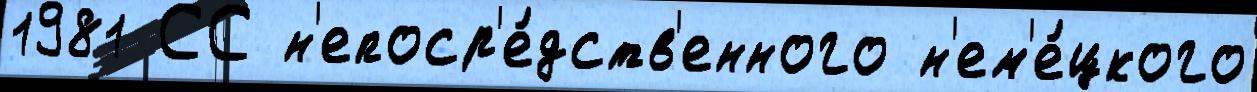
1981 СС н'епоср'е́дств'енного н'ем'е́цкого